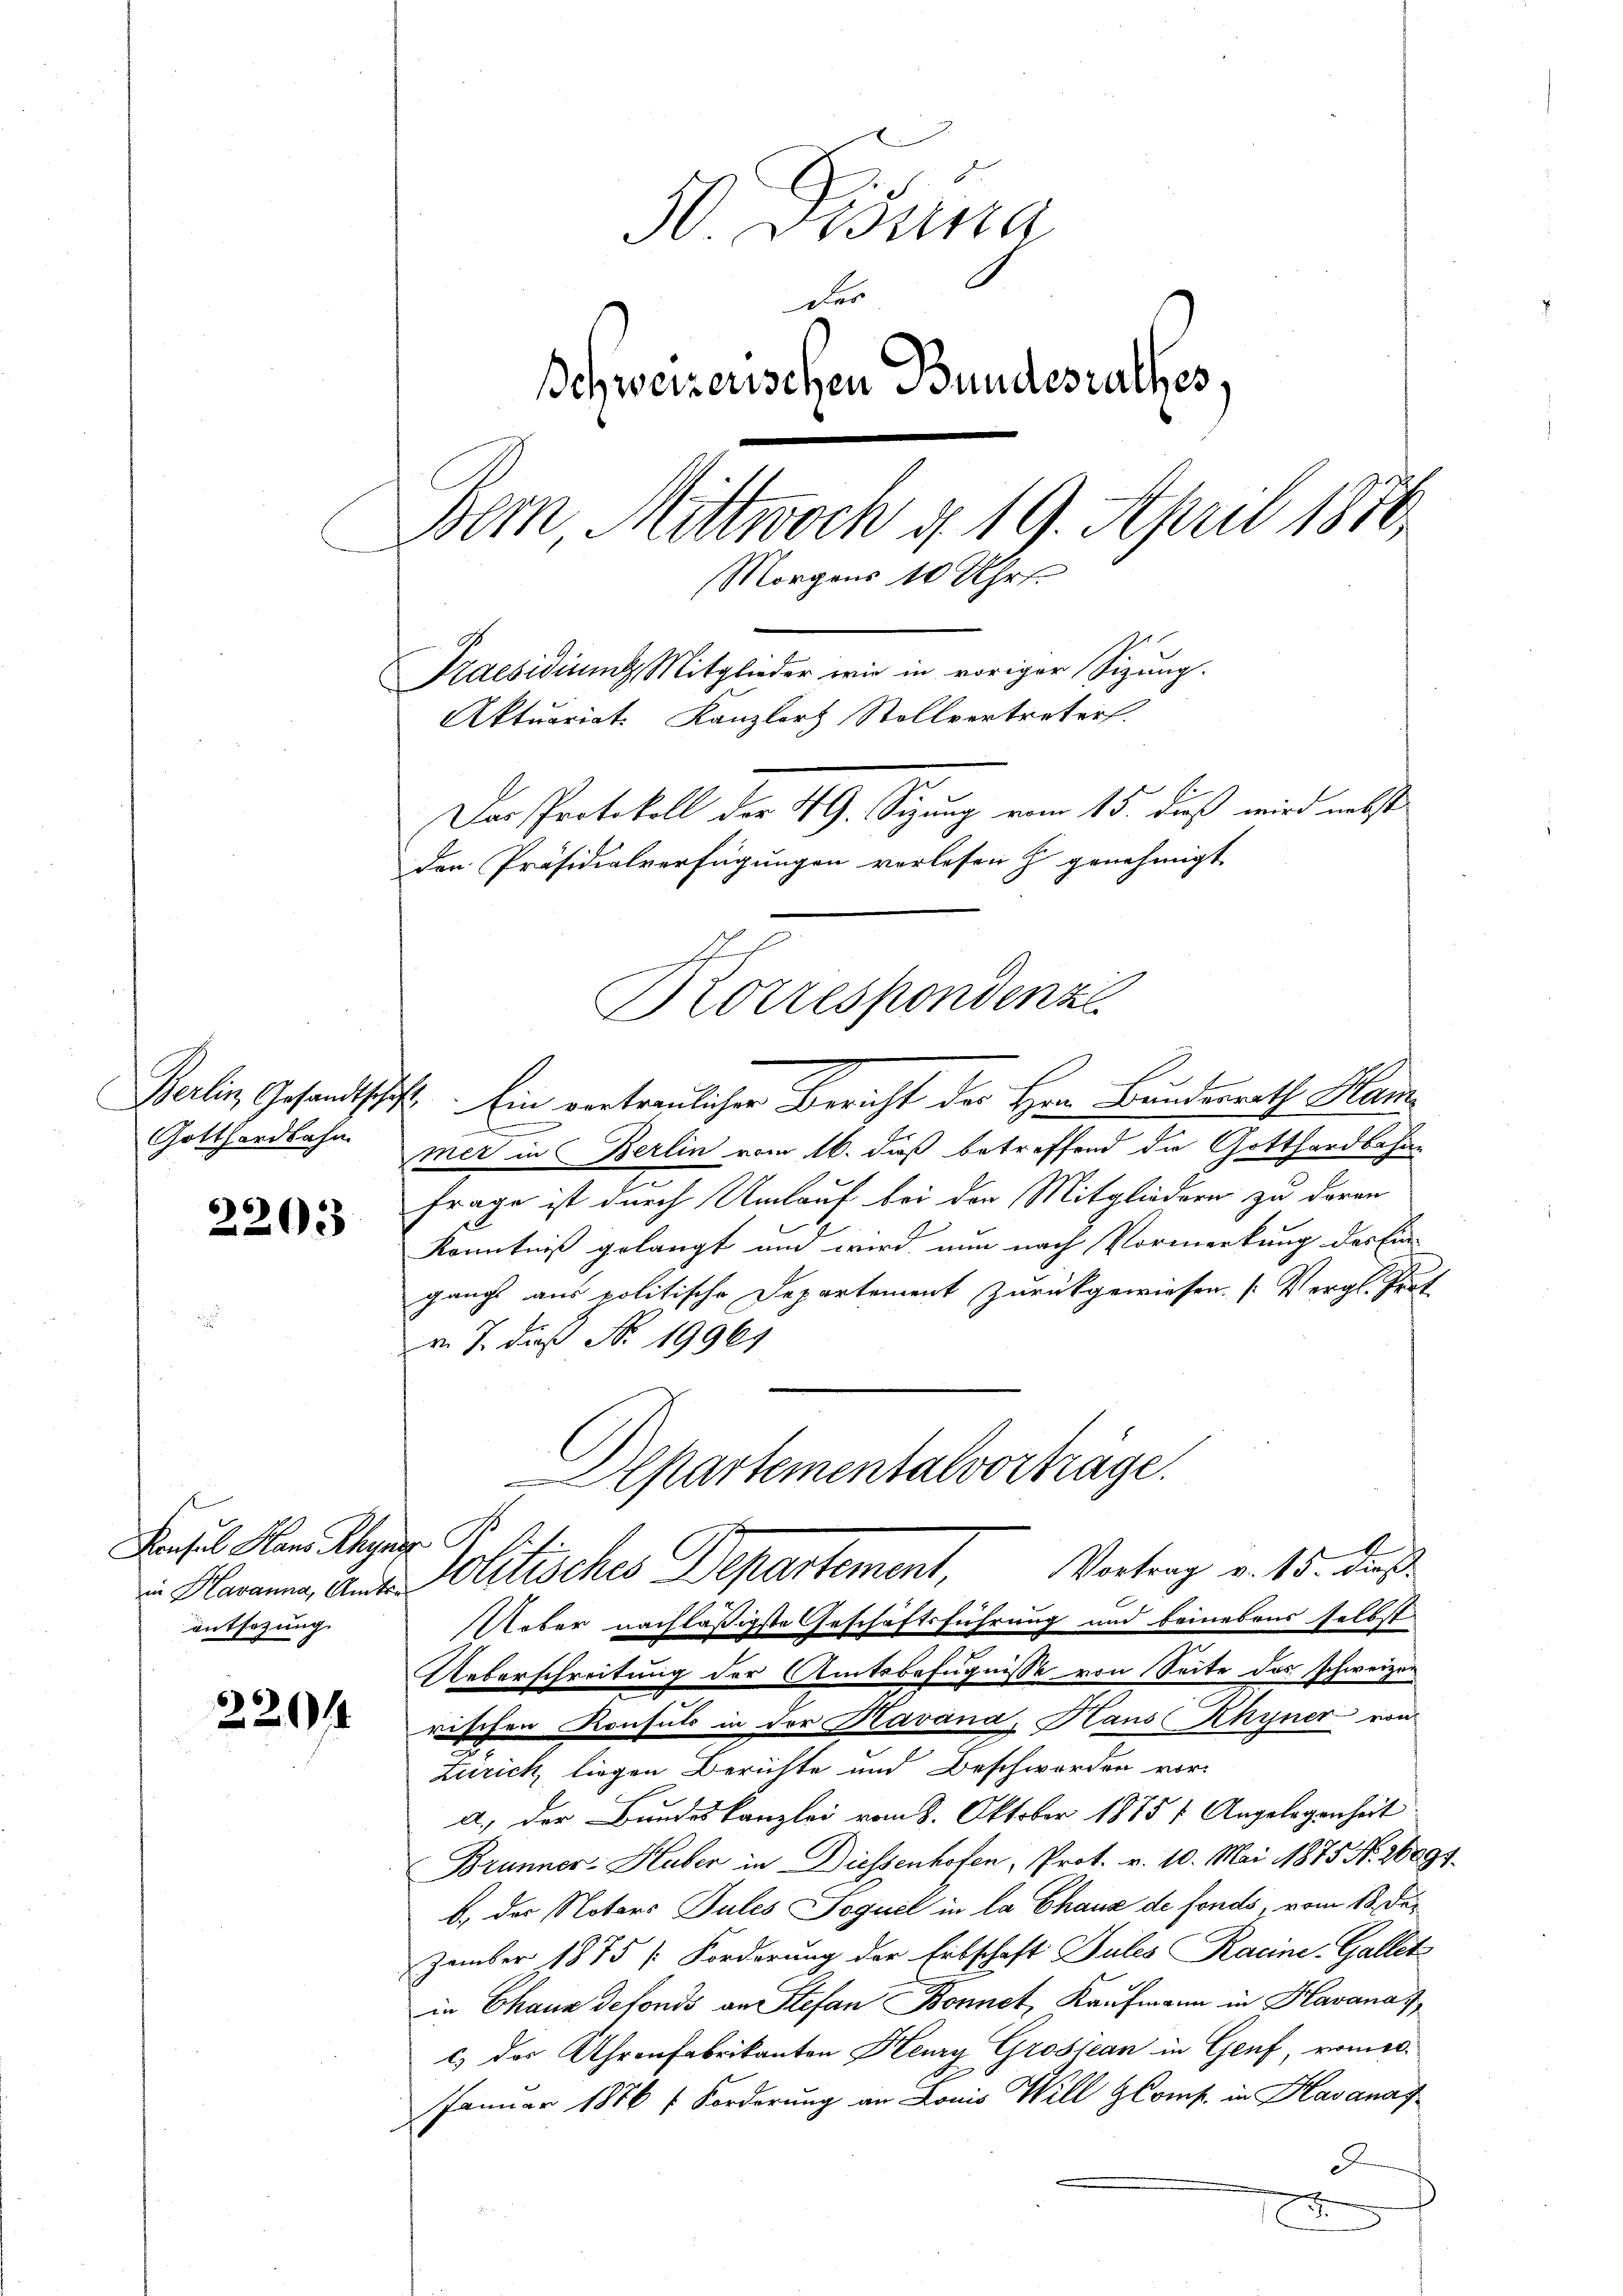
Gotthardbahn

2203

Konsul Hans Rhyner G
entsezung.

22014

30. Desina
das
Schweizerischen Bundesrathes
Bem, Mittwoch d. 19. April 1876.
Morgens 10 Uhr.
Praesidium Mitglieder wie in voriger Sizung.
Aktuariat. Kanzlors Rollvertreter.
Das Protokoll der RG. Sizung vom 15. daß wird nebst
den Präsidialverfügungen vorlesen & genehmigt

E
Korrespondenze

Berlin Gesandtschaft Ein vertraulicher Bericht der Her Bundesrath Ham
d
mer in Berlin vom 16. dieß betreffend die Gotthardbahne
frage ist durch Umlauf bei der Mitgliedern zu daran
Kenntniß gelangt und wird nun nach Vormerkung der Ein-
gang aus politische Departement zurückgewiesen. (Vergl. Prot
v. 7. dieß No. 19961
Ueber nachläßigste Geschäftsführung und beinebens selbst
Ueberschreitung der Amtsbefugnisse von Seite das schweizen
rischen Konsuls in der Havana, Haus Rhyner von
Leirick, liegen Berichte und Beschwerden vor¬
A.) Der Bundeskanzlei vom 8. Oktober 1885 1 Angelegenheit
Brunner-Haber in Diessenhofen, Prot. v. 10. Mai 1875 N. 26891.
b.) der Notars Pules Joquel in la Chaus de fonds, vom 13. Der
zember 1875 (Forderung der Erbschaft Pules Racine. Gallet
in Chaux defonds an Stefan Bonnet, Kaufmann in Havana
c) das Uhrenfabrikanton Heury Grosjean in Genf, womite.
Januar 1876 f. Forderung an Louis Will GComp. in Havanas
.
18

Apartementalvorträge.
 Namen, ande Politisches Departement, Vortrag v. 15. das